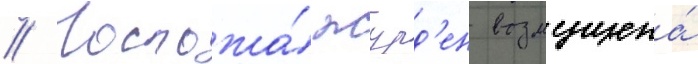
// Госпожа́ журд'ен возмущена́